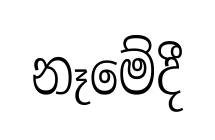
නෑමේදී